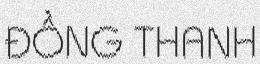
ĐỒNG THANH